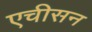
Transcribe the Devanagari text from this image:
एचीसन